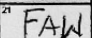
Transcription: FAW